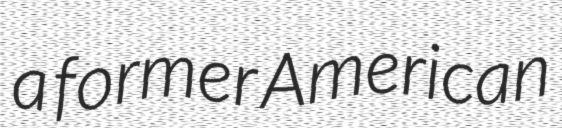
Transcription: a former American